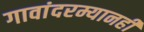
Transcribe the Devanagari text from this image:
गावांदरम्यानही